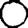
Digit: 0